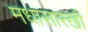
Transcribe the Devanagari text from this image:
मधासारखी